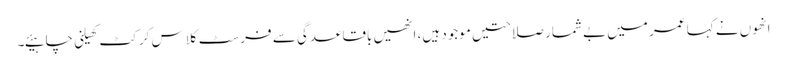
انھوں نے کہا عمر میں بے شمار صلاحتیں موجود ہیں، انھیں باقاعدگی سے فرسٹ کلاس کرکٹ کھیلنی چاہیئے۔